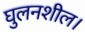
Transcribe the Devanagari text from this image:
घुलनशील।